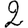
Digit: 2